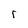
Character: r